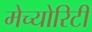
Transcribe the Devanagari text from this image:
मेच्योरिटी